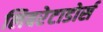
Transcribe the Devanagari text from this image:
लिबरेटाडोर्स